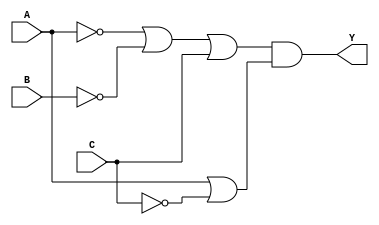
// Laboratorio #4

// Ejercicio #1, tabla #1

module gatelevel1(input wire A, B, C, output wire Y);

wire s1,s2, notA, notB, notC;

not U1(notA, A);
not U2(notB, B);
not U3(notC, C);

or  U4(s1, notA, notB, C);
or  U5(s2, A , notC);
and U6(Y, s1, s2);

endmodule//gatelevel1

// Ejercicio #1, Tabla $2
module gatelevel2 (input wire A, B, C, output wire Y);

wire s1,s2, notA, notB, notC;

not U1(notA, A);
not U2(notB, B);
not U3(notC, C);

and  U4(s1, notA, notB, notC);
and  U5(s2, A , notB, C);
or   U6(Y, s1, s2);

endmodule //gatelevel2

// Ejercicio #1, Tabla #3

module gatelevel3 (input wire A, B, C, D, output wire Y);

wire s1,s2,s3,s4,s5,s6,s7,s8, notA, notB, notC, notD;

not U1(notA, A);
not U2(notB, B);
not U3(notC, C);
not U4(notD, D);

and U5(s1, notA, notB, notC, notD);
and U6(s2, A, B, notC, notD);
and U7(s3, notA, B, notC, D);
and U8(s4, A, notB, notC, D);
and U9(s5, notA, notB, C, D);
and U10(s6, A, B, C, D);
and U11(s7, notA, B, C, notD);
and U12(s8, A, notB, C, notD);

or U13(Y, s1,s2,s3,s4,s5,s6,s7,s8);

endmodule //gatelevel3

//Ejercicio #1, Tabla #4

module gatelevel4 (input wire A, B, C, D, output wire Y);

wire s1,s2,s3;

not U1(notC, C);
not U2(notD, D);

and U3(s1, A, notC, notD);
and U4(s2, A, B, notC);
and U5(s3, A, C, D);

or U6(Y, s1, s2, s3);

endmodule //gatelevel4

// Opereradores
// Ejercicio #2, Tabla #1

module operadores1 (input wire A, B, C, D, output wire Y);

assign Y = (A & B & C & ~D) | (A & ~(B & C & D)) | ~(A | B | C | D);

endmodule //operadores1

// Ejercicio #2, tabla #2

module operadores2 (input wire A, B, C, output wire Y);

assign Y = (~A & B & C) | ~(B & ~C) | (B & C);

endmodule //operadores2

//  Ejercicio #2, tabla #3

module operadores3 (input wire A, B, C, D, output wire Y);

assign Y = (~(A | B | C) & D) | (A & D) | B ;

endmodule //operadores3

// Ejercicio #2, tabla #4

module operadores4 (input wire A, B, C, output wire Y);

assign Y = (B & C) | (~A & ~B & ~C) | (B & ~C);

endmodule //operadores4